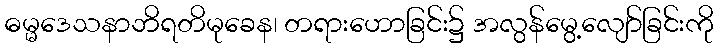
ဓမ္မဒေသနာဘိရတိမုခေန၊ တရားဟောခြင်း၌ အလွန်မွေ့လျော်ခြင်းကို